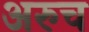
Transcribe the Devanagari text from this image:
अरुच